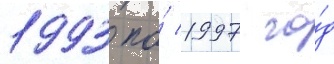
1993 по́ 1997 го́д